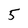
Character: 5